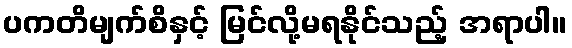
ပကတိမျက်စိနှင့် မြင်လို့မရနိုင်သည့် အရာပါ။